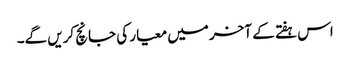
اس ہفتے کے آخر میں معیار کی جانچ کریں گے۔